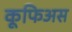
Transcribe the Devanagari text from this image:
कूफिअस